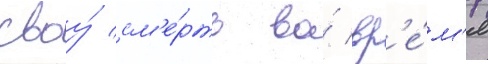
своу́ см'е́рть во́ вр'е́м'я